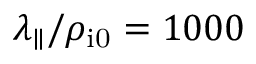
\lambda _ { \parallel } / \rho _ { \mathrm { i 0 } } = 1 0 0 0